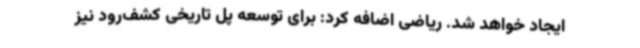
ایجاد خواهد شد. ریاضی اضافه کرد: برای توسعه پل تاریخی کشف‌رود نیز